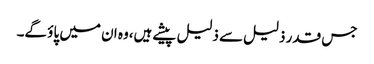
جس قدر ذلیل سے ذلیل پیشے ہیں،وہ ان میں پاؤ گے۔